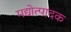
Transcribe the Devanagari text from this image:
मद्योत्पादक